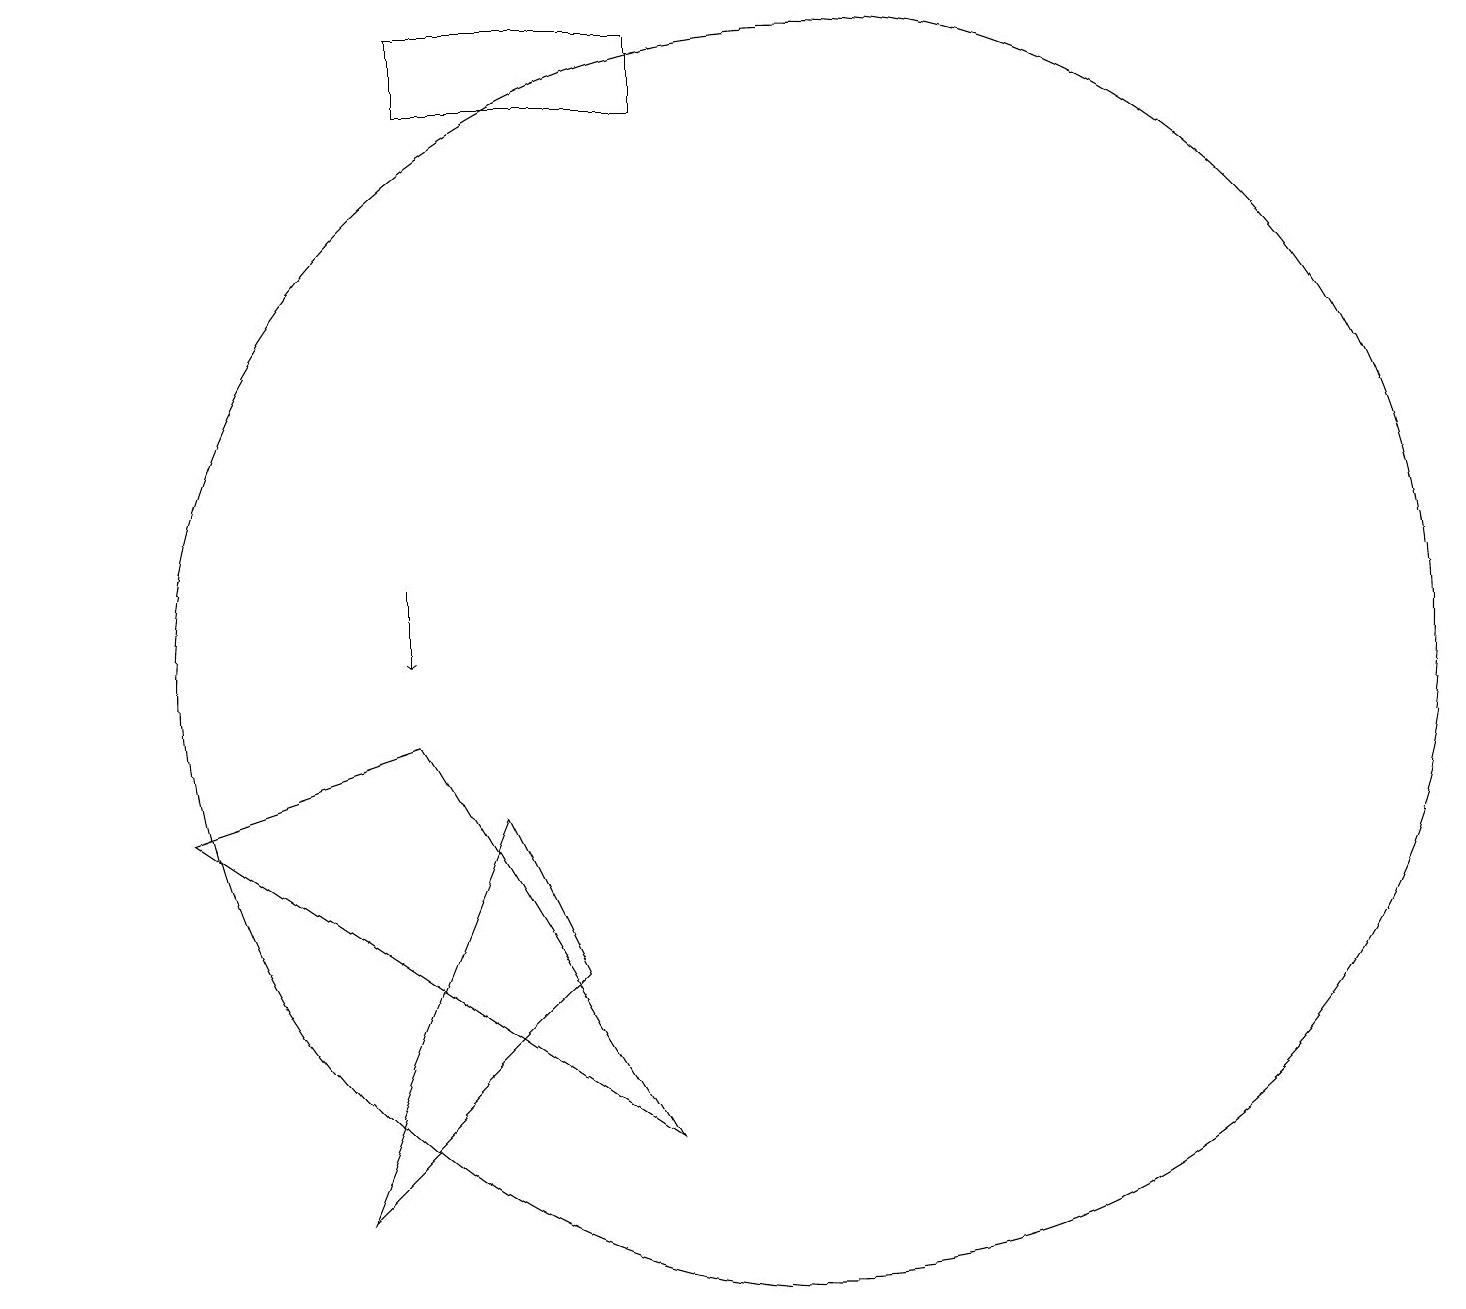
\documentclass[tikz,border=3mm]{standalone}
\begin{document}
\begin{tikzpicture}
\draw (11,10) circle (8);
\draw (10,11) circle (0);
\draw (9,4) -- (6,9) -- (3,8) -- cycle;
\draw (8,6) -- (7,8) -- (5,3) -- cycle;
\draw (1,18) rectangle (1,18);
\draw[->] (6,11) -- (6,10);
\draw (9,17) rectangle (6,18);
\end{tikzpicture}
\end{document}